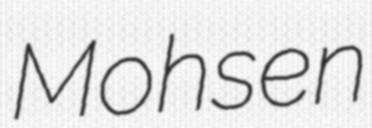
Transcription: Mohsen